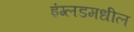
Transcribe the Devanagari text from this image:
इंग्लडमधील